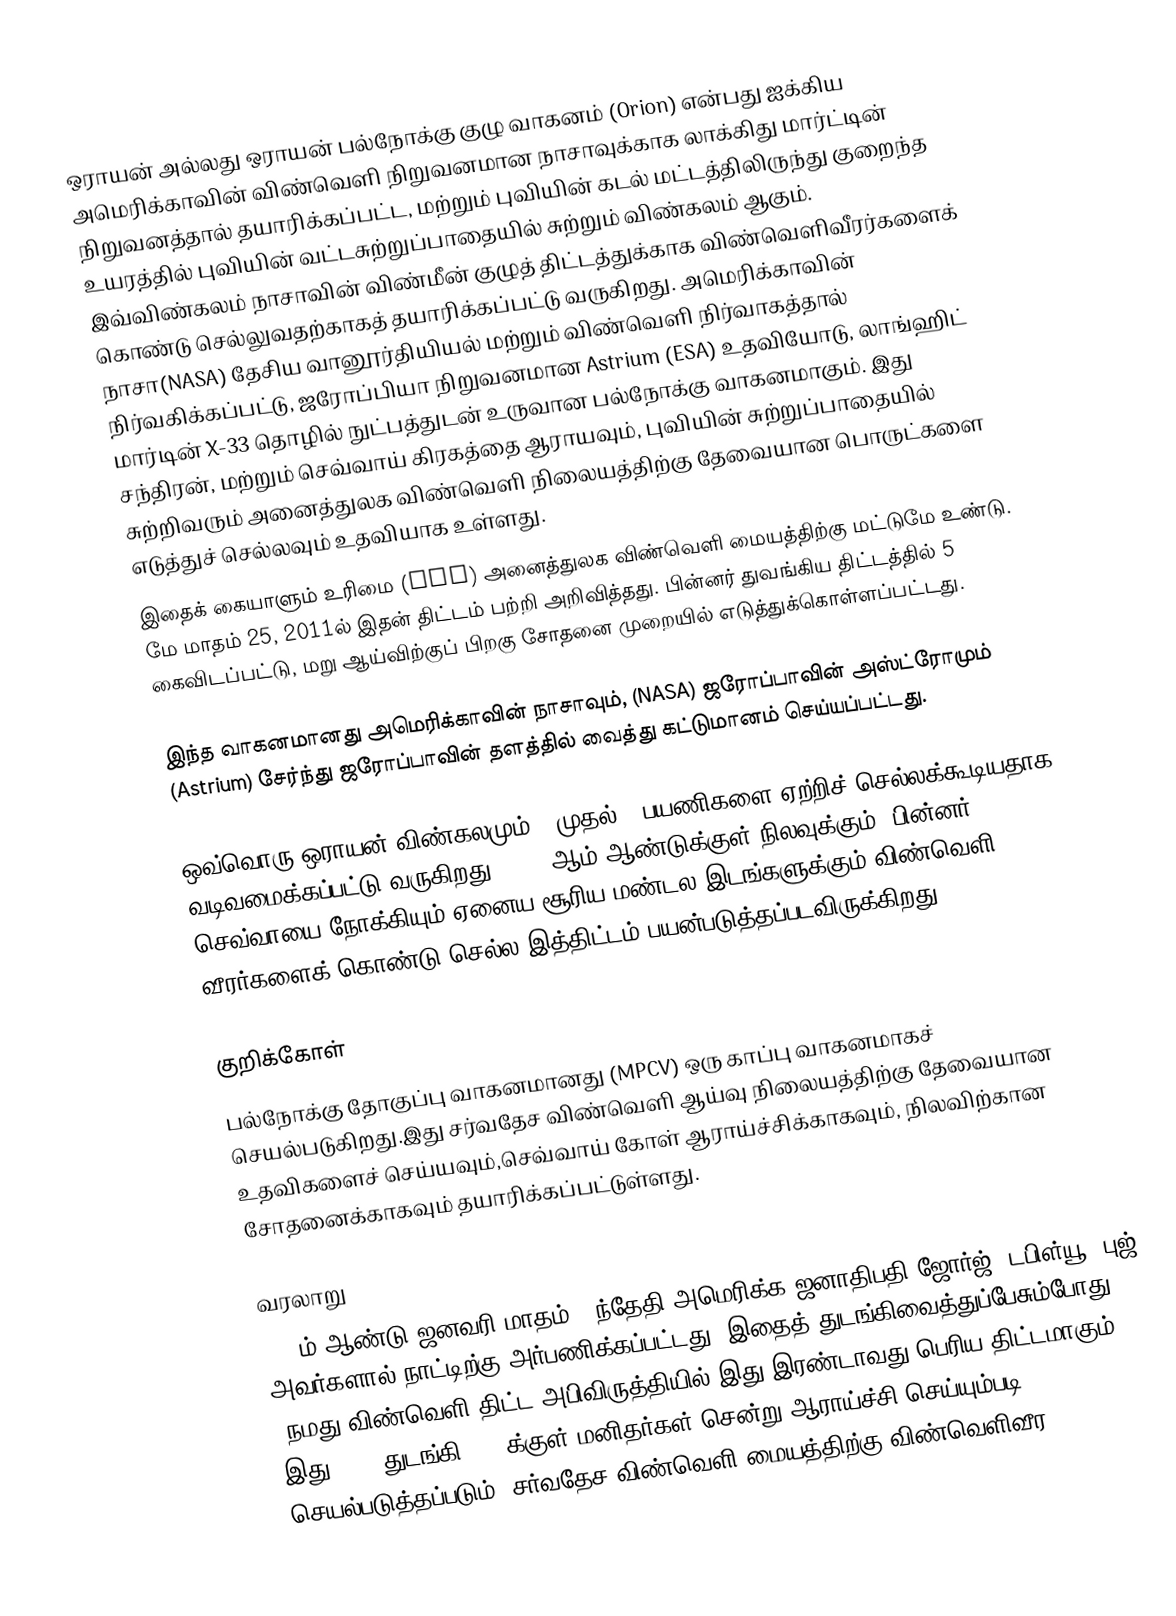
ஒராயன் அல்லது ஒராயன் பல்நோக்கு குழு வாகனம் (Orion) என்பது ஐக்கிய அமெரிக்காவின் விண்வெளி நிறுவனமான நாசாவுக்காக லாக்கிது மார்ட்டின் நிறுவனத்தால் தயாரிக்கப்பட்ட, மற்றும் புவியின் கடல் மட்டத்திலிருந்து குறைந்த உயரத்தில் புவியின் வட்டசுற்றுப்பாதையில் சுற்றும்  விண்கலம் ஆகும். இவ்விண்கலம் நாசாவின் விண்மீன் குழுத் திட்டத்துக்காக விண்வெளிவீரர்களைக் கொண்டு செல்லுவதற்காகத் தயாரிக்கப்பட்டு வருகிறது. அமெரிக்காவின் நாசா(NASA) தேசிய வானூர்தியியல் மற்றும் விண்வெளி நிர்வாகத்தால் நிர்வகிக்கப்பட்டு, ஜரோப்பியா நிறுவனமான Astrium (ESA) உதவியோடு, லாங்ஹிட் மார்டின் X-33 தொழில் நுட்பத்துடன் உருவான பல்நோக்கு வாகனமாகும். இது சந்திரன், மற்றும் செவ்வாய் கிரகத்தை ஆராயவும், புவியின் சுற்றுப்பாதையில் சுற்றிவரும் அனைத்துலக விண்வெளி நிலையத்திற்கு தேவையான பொருட்களை எடுத்துச் செல்லவும் உதவியாக உள்ளது.
இதைக் கையாளும் உரிமை (ISS) அனைத்துலக விண்வெளி மையத்திற்கு மட்டுமே உண்டு. மே மாதம் 25, 2011ல் இதன் திட்டம் பற்றி அறிவித்தது. பின்னர் துவங்கிய திட்டத்தில் 5 கைவிடப்பட்டு, மறு ஆய்விற்குப் பிறகு சோதனை முறையில் எடுத்துக்கொள்ளப்பட்டது.

இந்த வாகனமானது அமெரிக்காவின் நாசாவும், (NASA) ஜரோப்பாவின் அஸ்ட்ரோமும் (Astrium) சேர்ந்து ஜரோப்பாவின் தளத்தில் வைத்து கட்டுமானம் செய்யப்பட்டது.

ஒவ்வொரு ஒராயன் விண்கலமும் 4 முதல் 6 பயணிகளை ஏற்றிச் செல்லக்கூடியதாக வடிவமைக்கப்பட்டு வருகிறது. 2020 ஆம் ஆண்டுக்குள் நிலவுக்கும், பின்னர் செவ்வாயை நோக்கியும் ஏனைய சூரிய மண்டல இடங்களுக்கும் விண்வெளி வீரர்களைக் கொண்டு செல்ல இத்திட்டம் பயன்படுத்தப்படவிருக்கிறது.

குறிக்கோள்
பல்நோக்கு தோகுப்பு வாகனமானது (MPCV) ஒரு காப்பு வாகனமாகச் செயல்படுகிறது.இது சர்வதேச விண்வெளி ஆய்வு நிலையத்திற்கு தேவையான உதவிகளைச் செய்யவும்,செவ்வாய் கோள் ஆராய்ச்சிக்காகவும், நிலவிற்கான சோதனைக்காகவும் தயாரிக்கப்பட்டுள்ளது.

வரலாறு
2004ம் ஆண்டு ஜனவரி மாதம் 14ந்தேதி அமெரிக்க ஜனாதிபதி ஜோர்ஜ். டபிள்யூ. புஜ் அவர்களால் நாட்டிற்கு அர்பணிக்கப்பட்டது. இதைத் துடங்கிவைத்துப்பேசும்போது, "நமது விண்வெளி திட்ட அபிவிருத்தியில் இது இரண்டாவது பெரிய திட்டமாகும். இது 2008 துடங்கி 2014க்குள் மனிதர்கள் சென்று ஆராய்ச்சி செய்யும்படி செயல்படுத்தப்படும். சர்வதேச விண்வெளி மையத்திற்கு விண்வெளிவீர